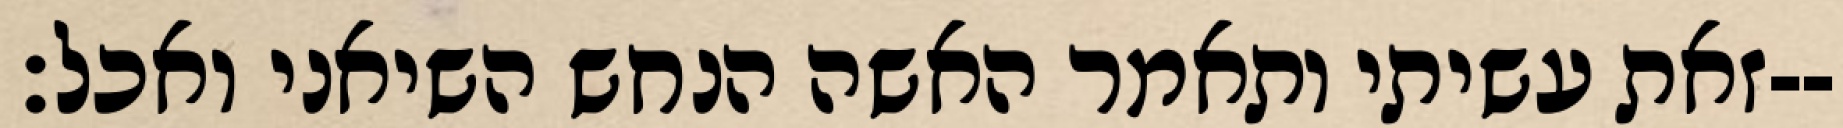
זאת עשיתי ותאמר האשה הנחש השיאני ואכל׃--